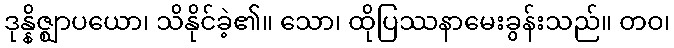
ဒုန္နိဇ္ဈာပယော၊ သိနိုင်ခဲ့၏။ သော၊ ထိုပြဿနာမေးခွန်းသည်။ တဝ၊